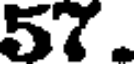
57.